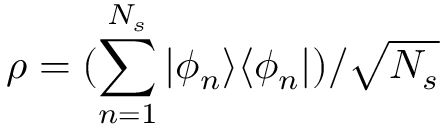
\rho = ( \sum _ { n = 1 } ^ { N _ { s } } | \phi _ { n } \rangle \langle \phi _ { n } | ) / \sqrt { N _ { s } }